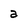
Character: a